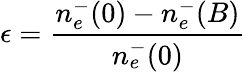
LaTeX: \epsilon=\frac{n_{e}^{-}(0)-n_{e}^{-}(B)}{n_{e}^{-}(0)}